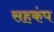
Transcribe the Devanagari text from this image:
सहकंप